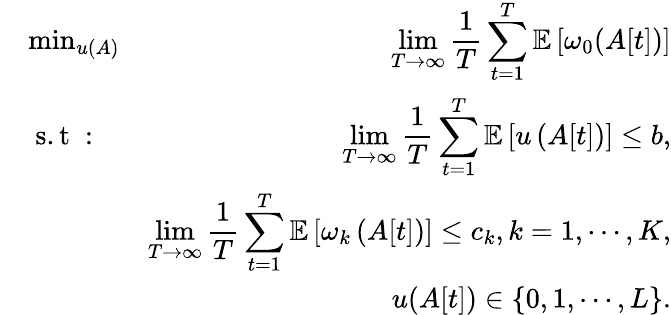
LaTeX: \begin{array}{rlr}&{\operatorname*{min}_{u(A)}}&{\displaystyle\operatorname*{lim}_{T\rightarrow\infty}\frac{1}{T}\sum_{t=1}^{T}\mathbb{E}\left[\omega_{0}(A[t])\right]}\\ &{\mathrm{~s.t~}:}&{\displaystyle\operatorname*{lim}_{T\rightarrow\infty}\frac{1}{T}\sum_{t=1}^{T}\mathbb{E}\left[u\left(A[t]\right)\right]\leq b,}\\ &{}&{\displaystyle\operatorname*{lim}_{T\rightarrow\infty}\frac{1}{T}\sum_{t=1}^{T}\mathbb{E}\left[\omega_{k}\left(A[t]\right)\right]\leq c_{k},k=1,\cdots,K,}\\ &{}&{u(A[t])\in\{ 0,1,\cdots,L\} .}\end{array}